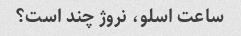
ساعت اسلو، نروژ چند است؟